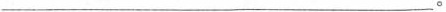
___。